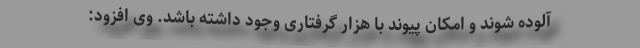
آلوده شوند و امکان پیوند با هزار گرفتاری وجود داشته باشد. وی افزود: